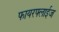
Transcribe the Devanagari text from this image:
फायरफ्लाईज